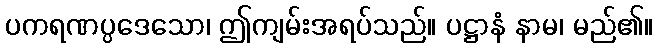
ပကရဏပ္ပဒေသော၊ ဤကျမ်းအရပ်သည်။ ပဋ္ဌာနံ နာမ၊ မည်၏။